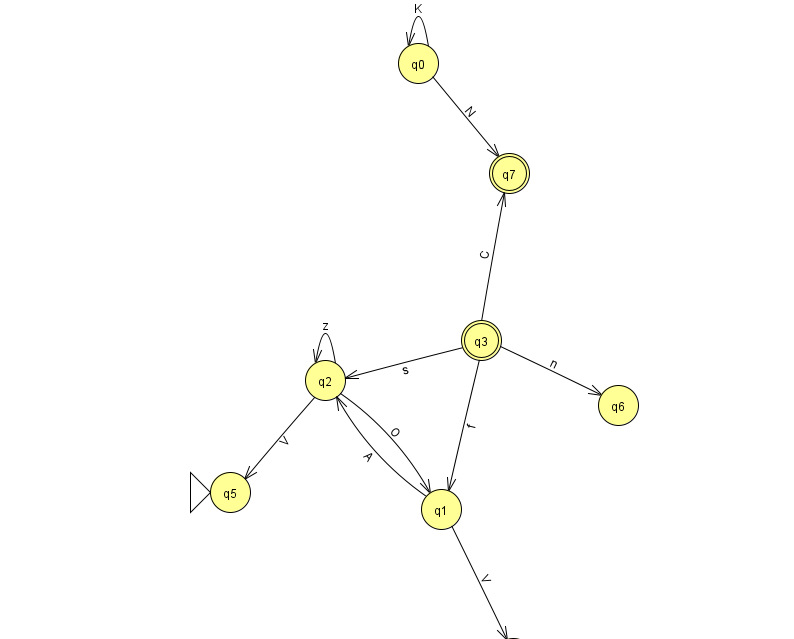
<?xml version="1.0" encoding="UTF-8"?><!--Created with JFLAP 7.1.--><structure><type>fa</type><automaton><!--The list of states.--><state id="0" name="q0"><x>418.0</x><y>50.0</y></state><state id="1" name="q1"><x>441.0</x><y>496.0</y></state><state id="2" name="q2"><x>325.0</x><y>367.0</y></state><state id="3" name="q3"><x>481.0</x><y>327.0</y><final/></state><state id="4" name="q4"><x>513.0</x><y>645.0</y></state><state id="5" name="q5"><x>230.0</x><y>479.0</y><initial/></state><state id="6" name="q6"><x>618.0</x><y>392.0</y></state><state id="7" name="q7"><x>509.0</x><y>160.0</y><final/></state><!--The list of transitions.--><transition><from>1</from><to>2</to><read>A</read></transition><transition><from>1</from><to>4</to><read>V</read></transition><transition><from>3</from><to>2</to><read>s</read></transition><transition><from>3</from><to>1</to><read>f</read></transition><transition><from>2</from><to>5</to><read>V</read></transition><transition><from>2</from><to>2</to><read>z</read></transition><transition><from>3</from><to>6</to><read>n</read></transition><transition><from>0</from><to>0</to><read>K</read></transition><transition><from>3</from><to>7</to><read>C</read></transition><transition><from>0</from><to>7</to><read>N</read></transition><transition><from>2</from><to>1</to><read>O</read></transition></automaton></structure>